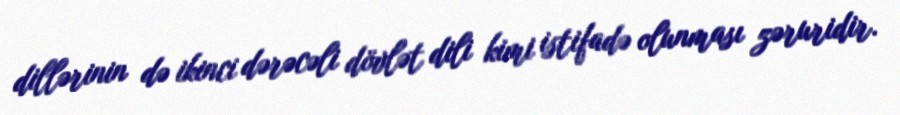
dillərinin də ikinci dərəcəli dövlət dili kimi istifadə olunması zəruridir.